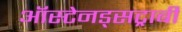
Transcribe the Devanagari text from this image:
ऑस्टेनड्सट्राबी